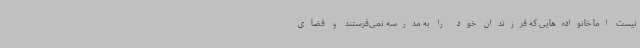
نیست اما خانواده‌هایی که فرزندان خود را به مدرسه نمی‌فرستند و فضای